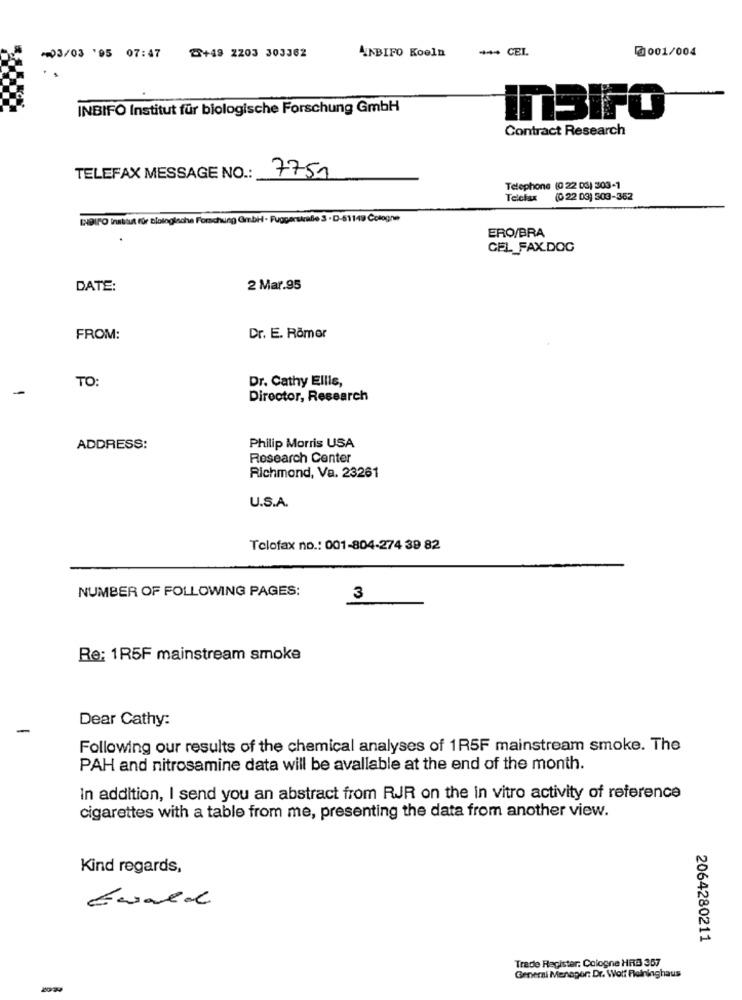
2+49 2203 303362
*** CEL
@001/004
-03/03 '95 07:47
ANBIFO Koeln
INBIFO Institut für biologische Forschung GmbH
InSIFO
Contract Research
TELEFAX MESSAGE NO .:
7751
Telephone (0 22 03) 303-1
Telefax (0 22 03) 503-352
INBIFO Institut für Biologische Forschung GmbH - Fugperstralle 3 · D-51149 Cologne
ERO/BRA
CFL_FAX.DOC
DATE:
2 Mar.95
FROM:
Dr. E. Römer
TO:
Dr. Cathy Ellis,
-
Director, Research
ADDRESS:
Philip Morris USA
Research Center
Richmond, Va. 23261
U.S.A.
Telofax no .: 001-804-274 39 82
NUMBER OF FOLLOWING PAGES:
3
Re: 1R5F mainstream smoke
Dear Cathy:
-
Following our results of the chemical analyses of 1R5F mainstream smoke. The
PAH and nitrosamine data will be avallable at the end of the month.
In addition, I send you an abstract from RJR on the in vitro activity of reference
cigarettes with a table from me, presenting the data from another view.
Kind regards,
Ewald
2064280211
Trade Register: Cologne HRB 387
Generai Menager: Dr. Wolf Fleininghaus